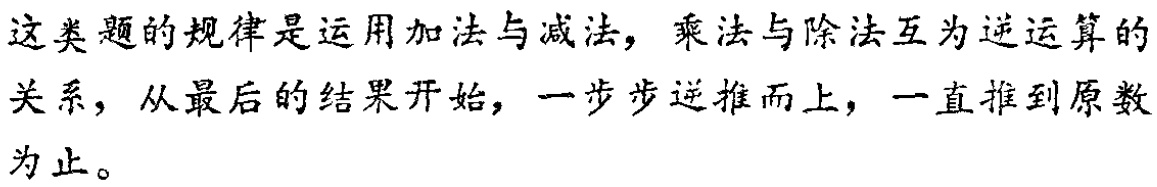
这类题的规律是运用加法与减法，乘法与除法互为逆运算的关系，从最后的结果开始，一步步逆推而上，一直推到原数为止。